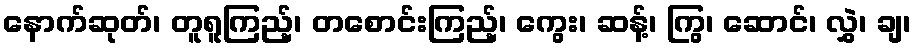
နောက်ဆုတ်၊ တူရူကြည့်၊ တစောင်းကြည့်၊ ကွေး၊ ဆန့်၊ ကြွ၊ ဆောင်၊ လွှဲ၊ ချ၊